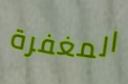
المغفرة